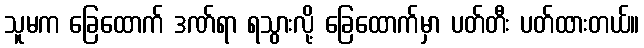
သူမက ခြေထောက် ဒဏ်ရာ ရသွားလို့ ခြေထောက်မှာ ပတ်တီး ပတ်ထားတယ်။